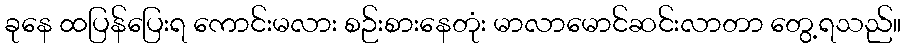
ခုနေ ထပြန်ပြေးရ ကောင်းမလား စဉ်းစားနေတုံး မာလာမောင်ဆင်းလာတာ တွေ့ရသည်။